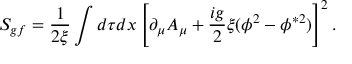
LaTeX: S _ { g f } = \frac { 1 } { 2 \xi } \int d \tau d x \left[ \partial _ { \mu } A _ { \mu } + \frac { i g } { 2 } \xi ( \phi ^ { 2 } - \phi ^ { \ast 2 } ) \right] ^ { 2 } .